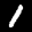
Label: 1